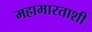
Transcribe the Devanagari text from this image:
महाभारताशी